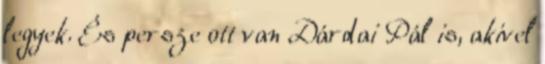
legyek. És persze ott van Dárdai Pál is, akivel